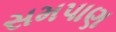
સમપાણ